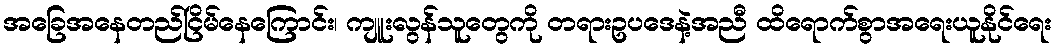
အခြေအနေတည်ငြိမ်နေကြောင်း၊ ကျူးလွန်သူတွေကို တရားဥပဒေနဲ့အညီ ထိရောက်စွာအရေးယူနိုင်ရေး